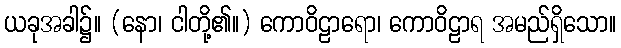
ယခုအခါ၌။ (နော၊ ငါတို့၏။) ကောဝိဠာရော၊ ကောဝိဠာရ အမည်ရှိသော။